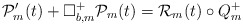
\begin{align*} \mathcal{P}^{\prime }_m(t)+\Box^+_{b,m}\mathcal{P}_m(t)=\mathcal{R}_m(t)\circ Q^+_m\end{align*}